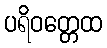
ပရိဝတ္တေထ